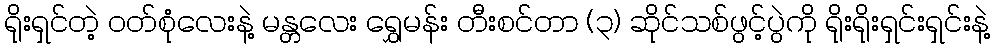
ရိုးရှင်တဲ့ ဝတ်စုံလေးနဲ့ မန္တလေး ရွှေမန်း တီးစင်တာ (၃) ဆိုင်သစ်ဖွင့်ပွဲကို ရိုးရိုးရှင်းရှင်းနဲ့